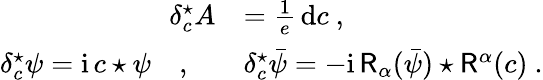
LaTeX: \begin{array}{rl}{\delta_{c}^{\star}A}&{=\frac{1}{e}\, \mathrm{d}c\ ,}\\ {\delta_{c}^{\star}\psi={\mathrm{i}}\, c\star\psi\quad,\quad}&{\delta_{c}^{\star}\bar{\psi}=-{\mathrm{i}}\, \mathsf{R}_{\alpha}(\bar{\psi})\star\mathsf{R}^{\alpha}(c)\ .}\end{array}